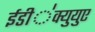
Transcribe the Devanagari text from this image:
ईडी॑क्युयुए